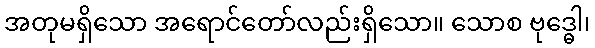
အတုမရှိသော အရောင်တော်လည်းရှိသော။ သောစ ဗုဒ္ဓေါ၊